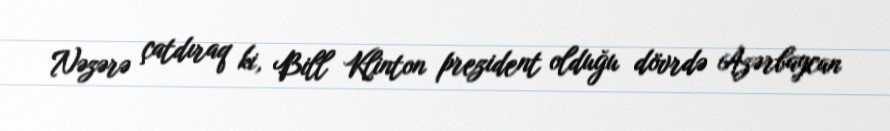
Nəzərə çatdıraq ki, Bill Klinton prezident olduğu dövrdə Azərbaycan